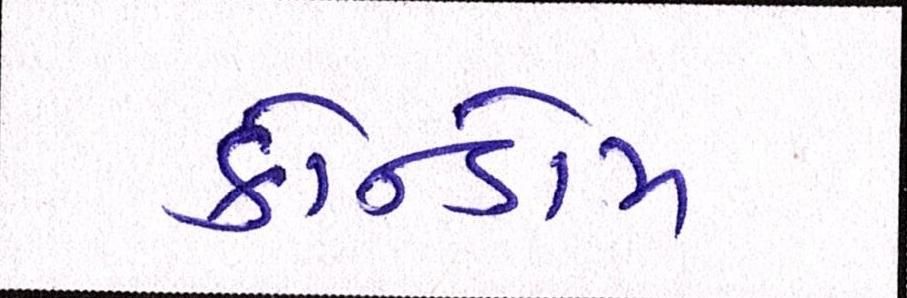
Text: કોન્ડોમ